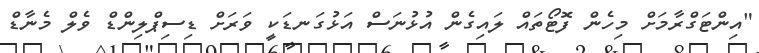
"އިންޓަގްރާމަށް މިހެން ފޮޓޯތައް ލައިގެން އުޅުނަސް އަޅުގަނޑަކީ ވަރަށް ޑިސިޕްލިންޑް ވެލް މެނާޑް